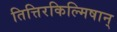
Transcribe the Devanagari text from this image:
तित्तिरकिल्मिषान्